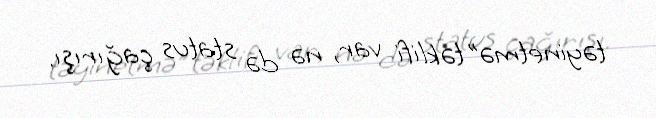
təyinetmə” təklifi var, nə də status çağırışı.